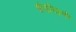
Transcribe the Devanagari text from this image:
कंधोंवाली